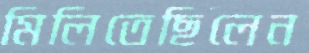
মিলিতেছিলেন